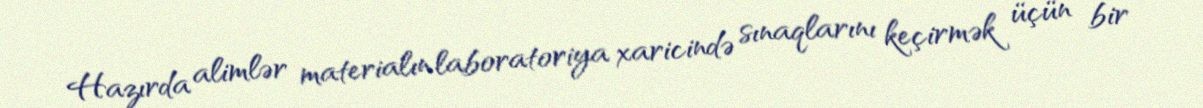
Hazırda alimlər materialın laboratoriya xaricində sınaqlarını keçirmək üçün bir